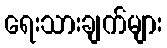
ရေးသားချက်များ